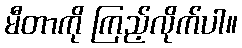
မီတာကို ကြည့်လိုက်ပါ။